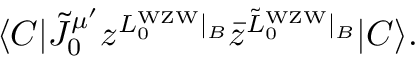
\langle C | { \tilde { J } } _ { 0 } ^ { \mu ^ { \prime } } z ^ { L _ { 0 } ^ { \mathrm { W Z W } } \vert _ { B } } { \bar { z } } ^ { { \tilde { L } } _ { 0 } ^ { \mathrm { W Z W } } \vert _ { B } } | C \rangle .